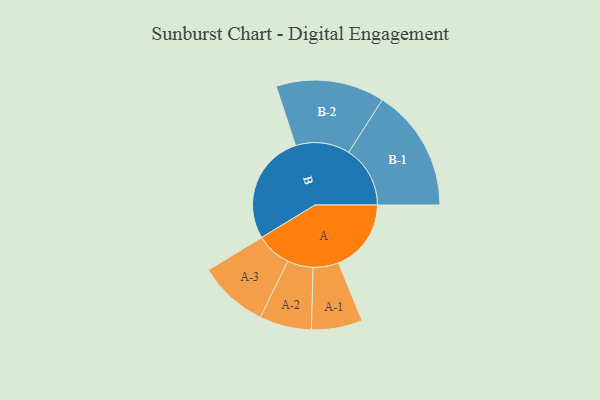
{"axis": {"x": "Segment", "y": "Value"}, "legend": ["", "A", "B"], "data": [{"x": "A", "y": 305, "type": ""}, {"x": "B", "y": 464, "type": ""}, {"x": "A-1", "y": 107, "type": "A"}, {"x": "A-2", "y": 109, "type": "A"}, {"x": "A-3", "y": 147, "type": "A"}, {"x": "B-1", "y": 258, "type": "B"}, {"x": "B-2", "y": 228, "type": "B"}]}